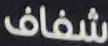
شفاف